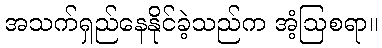
အသက်ရှည်နေနိုင်ခဲ့သည်က အံ့ဩစရာ။